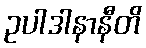
ဥပါဒါနာနီတိ